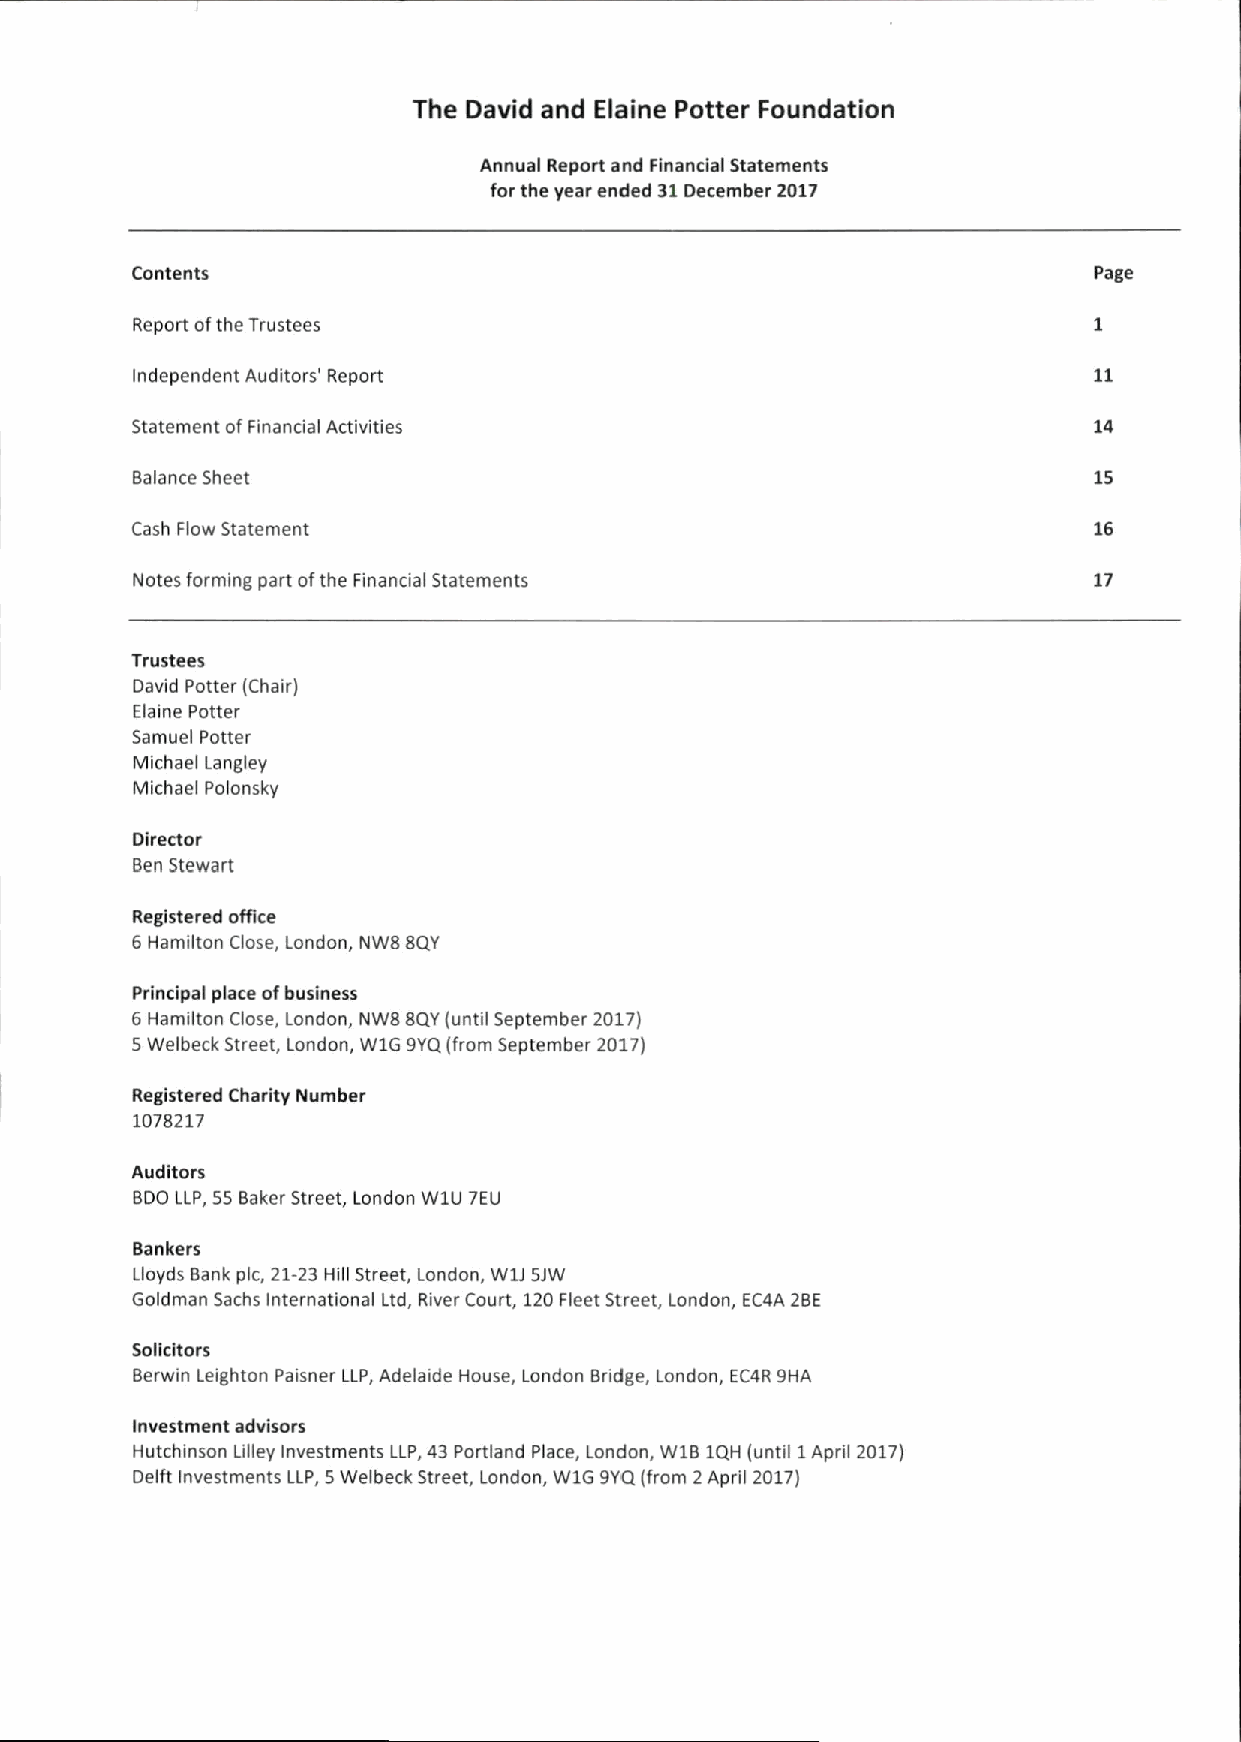
The David and Elaine Potter Foundation
 Annual Report and Financial Statements
 for the year ended 31December 2017
 Contents                                                       Page
 Report ofthe Trustees
 Independent Auditors' Report
 Statement ofFinancial Activities                               14
 Balance Sheet                                                  15
 Cash Flow Statement                                            16
 Notes forming part ofthe Financial Statements                  17
 Trustees
 David Potter (Chair)
 Elaine Potter
 Samuel Potter
 Michael Langley
 Michael Polonsky
 Director
 Ben Stewart
 Registered office
 6Hamilton Close, London, NWB 8QY
 Principal place ofbusiness
 6Hamilton Close, London, NWB 8QY(until September 2017)
 5Welbeck Street, London, W1G 9YQ(from September 2017)
 Registered Charity Number
 1078217
 Auditors
 BDO LLP, 55Baker Street, London W1U 7EU
 Bankers
 Lloyds Bank pic, 21-23 Hill Street, London, W1I SJW
 Goldman Sachs International Ltd, River Court, 120Fleet Street, London, EC4A 2BE
 Solicitors
 Berwin Leighton Paisner LLP,Adelaide House, London Bridge, London, EC4R 9HA
 Investment advisors
 Hutchinson Lilley Investments LLP,43 Portland Place, London, W181QH (until 1April 2017)
 Delft Investments LLP, 5Welbeck Street, London, W1G 9YQ(from 2April 2017)